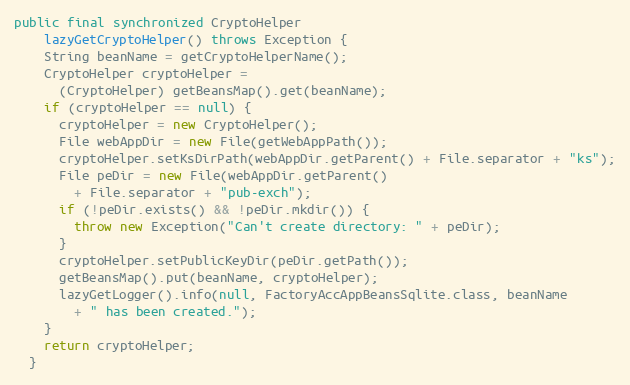
Language: Java
public final synchronized CryptoHelper
    lazyGetCryptoHelper() throws Exception {
    String beanName = getCryptoHelperName();
    CryptoHelper cryptoHelper =
      (CryptoHelper) getBeansMap().get(beanName);
    if (cryptoHelper == null) {
      cryptoHelper = new CryptoHelper();
      File webAppDir = new File(getWebAppPath());
      cryptoHelper.setKsDirPath(webAppDir.getParent() + File.separator + "ks");
      File peDir = new File(webAppDir.getParent()
        + File.separator + "pub-exch");
      if (!peDir.exists() && !peDir.mkdir()) {
        throw new Exception("Can't create directory: " + peDir);
      }
      cryptoHelper.setPublicKeyDir(peDir.getPath());
      getBeansMap().put(beanName, cryptoHelper);
      lazyGetLogger().info(null, FactoryAccAppBeansSqlite.class, beanName
        + " has been created.");
    }
    return cryptoHelper;
  }